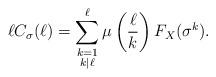
LaTeX: \begin{align*}\ell C_{\sigma}(\ell) = \sum_{\substack{ k= 1 \\ k|\ell}}^{\ell} \mu\left( \frac{\ell}{k} \right) F_X(\sigma^k). \end{align*}